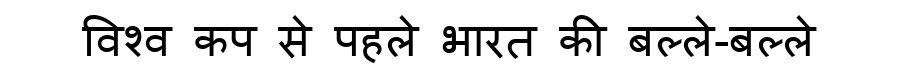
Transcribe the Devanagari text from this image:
विश्व कप से पहले भारत की बल्ले-बल्ले